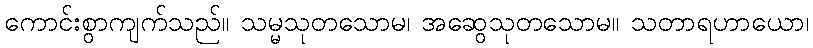
ကောင်းစွာကျက်သည်။ သမ္မသုတသောမ၊ အဆွေသုတသောမ။ သတာရဟာယော၊